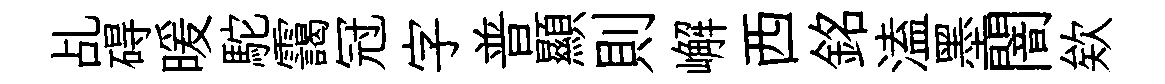
乩碍暖駝靄冠字普顯則嶰西銘溘墨闇欸